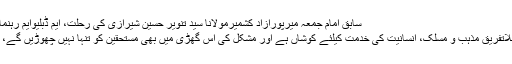
سابق امام جمعہ میرپورآزاد کشمیرمولانا سید تنویر حسین شیرازی کی رحلت، ایم ڈبلیوایم رہنما علامہ تصورنقوی ...
مجلس وحدت مسلمین بلاتفریق مذہب و مسلک، انسانیت کی خدمت کیلئے کوشاں ہے اور مشکل کی اس گھڑی میں بھی مستحقین کو تنہا نہیں چھوڑیں گے، علامہ عبدالخالق اسدی